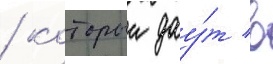
/ которыи дау́т в